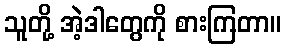
သူတို့ အဲ့ဒါတွေကို စားကြတာ။